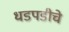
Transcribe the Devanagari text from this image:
धडपडीचे